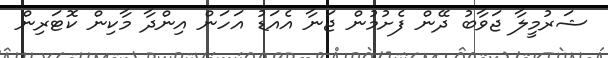
ޝަރުމީލާ ޖަވާބު ދޭން ފެށުމުން ޖަނާ އެއަޑު އަހަން އިންދާ މާކިން ކޮޓަރިން